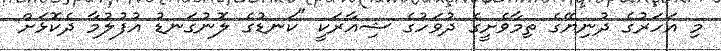
މި އަހަރުގެ ދުނިޔޭގެ ތިމާވެށީގެ ދުވަހުގެ ޝިއާރަކީ "ކަނޑުގެ ލޮނުގަނޑު އުފުލުމާ ދެކޮޅަށް